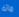
مائة